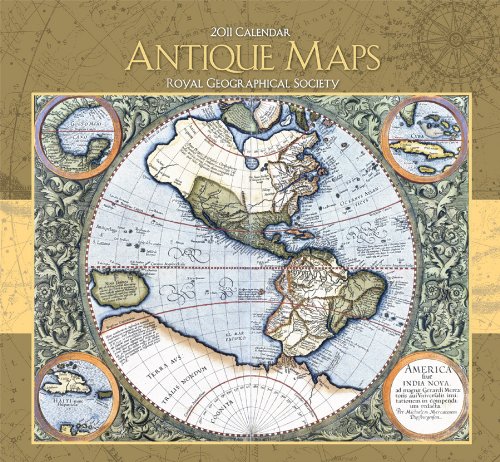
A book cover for Antique Maps 2011 Wall Calendar; Royal Geographical Society; Calendars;